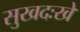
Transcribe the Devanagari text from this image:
सुखदःखे